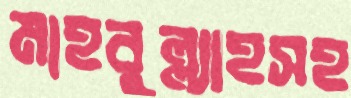
মাহবুল্ল্যাহসহ